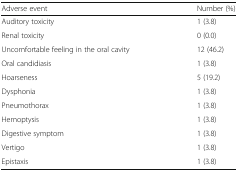
| Adverse event | Number (%) |
 | --- | --- |
 | Auditory toxicity | 1 (3.8) |
 | Renal toxicity | 0 (0.0) |
 | Uncomfortable feeling in the oral cavity | 12 (46.2) |
 | Oral candidiasis | 1 (3.8) |
 | Hoarseness | 5 (19.2) |
 | Dysphonia | 1 (3.8) |
 | Pneumothorax | 1 (3.8) |
 | Hemoptysis | 1 (3.8) |
 | Digestive symptom | 1 (3.8) |
 | Vertigo | 1 (3.8) |
 | Epistaxis | 1 (3.8) |